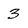
Character: 3